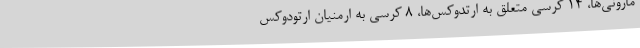
مارونی‌ها، 14 کرسی متعلق به ارتدوکس‌ها، 8 کرسی به ارمنیان ارتودوکس